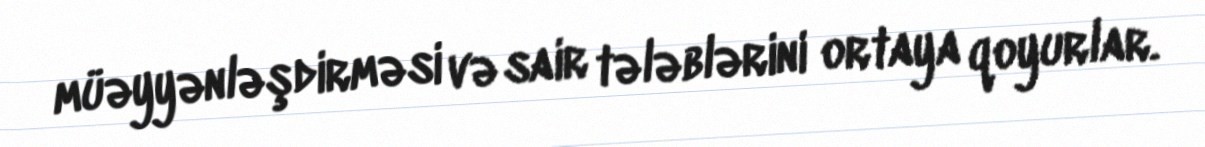
müəyyənləşdirməsi və sair tələblərini ortaya qoyurlar.